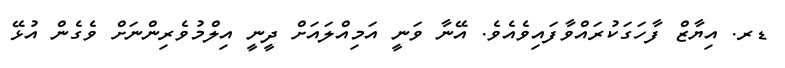
ޑރ. އިޔާޒް ފާހަގަކުރައްވާފައިވެއެވެ. އޭނާ ވަނީ އަމިއްލައަށް ދީނީ އިލްމުވެރިންނަށް ވެގެން އުޅޭ